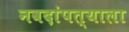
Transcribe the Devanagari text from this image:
नवदांपत्याला